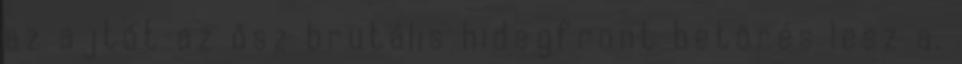
az ajtót az ősz brutális hidegfront betörés lesz a.